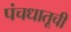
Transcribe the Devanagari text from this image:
पंचधातूची